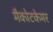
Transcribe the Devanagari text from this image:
मैकोटकेमर